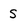
Character: S